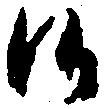
候